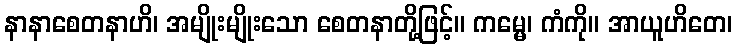
နာနာစေတနာဟိ၊ အမျိုးမျိုးသော စေတနာတို့ဖြင့်။ ကမ္မေ၊ ကံကို။ အာယူဟိတေ၊